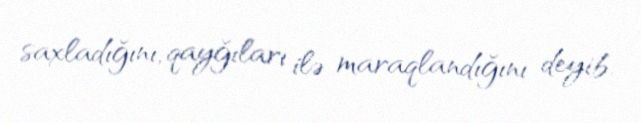
saxladığını, qayğıları ilə maraqlandığını deyib.